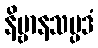
နိဗ္ဗာနသမ္ပဒံ